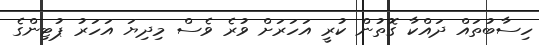
ހިސާބުތައް ދައްކާ ގޮތުން ކުރީ އަހަރަށް ވުރެ ވެސް މިދިޔަ އަހަރު ޕުޓިންގެ